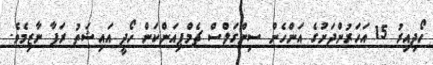
ހޯދިއިރު 15 އަހަރުންދަށުގެ އަންހެން ސިންގަލްސް ޗެމްޕިއަންކަން ހޯދީ އައިޝަތު ރަފާ ނާޒިމެވެ.